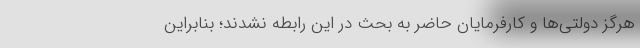
هرگز دولتی‌ها و کارفرمایان حاضر به بحث در این رابطه نشدند؛ بنابراین